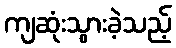
ကျဆုံးသွားခဲ့သည့်